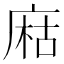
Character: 𢉽